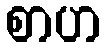
စာဟ